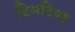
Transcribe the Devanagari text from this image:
टिमटिया